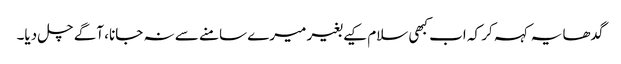
گدھا یہ کہہ کر کہ اب کبھی سلام کیے بغیر میرے سامنے سے نہ جانا، آگے چل دیا۔